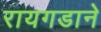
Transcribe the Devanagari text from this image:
रायगडाने